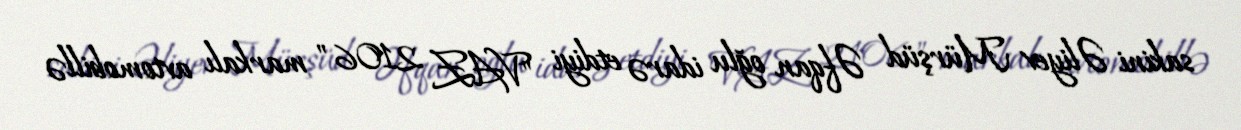
sakini Əliyev Mürşüd Əfqan oğlu idarə etdiyi "VAZ 2106" markalı avtomobillə